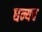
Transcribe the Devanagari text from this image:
धन्यच